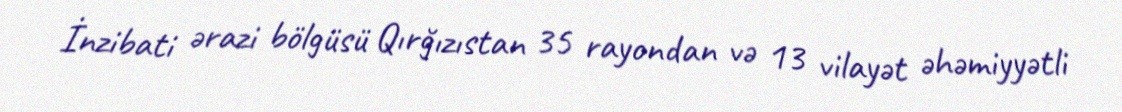
İnzibati ərazi bölgüsü Qırğızıstan 35 rayondan və 13 vilayət əhəmiyyətli